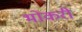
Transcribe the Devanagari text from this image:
भोकरी